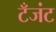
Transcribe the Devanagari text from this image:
टँजंट